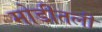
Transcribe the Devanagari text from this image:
मोडीतली